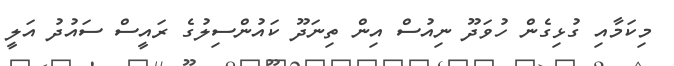
މިކަމާއި ގުޅިގެން ހުވަދޫ ނިއުސް އިން ތިނަދޫ ކައުންސިލުގެ ރައީސް ސައުދު އަލީ